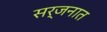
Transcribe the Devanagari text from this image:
सर्जनात